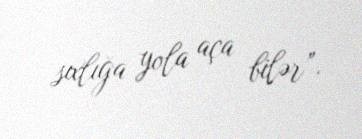
sıxlığa yola aça bilər”.